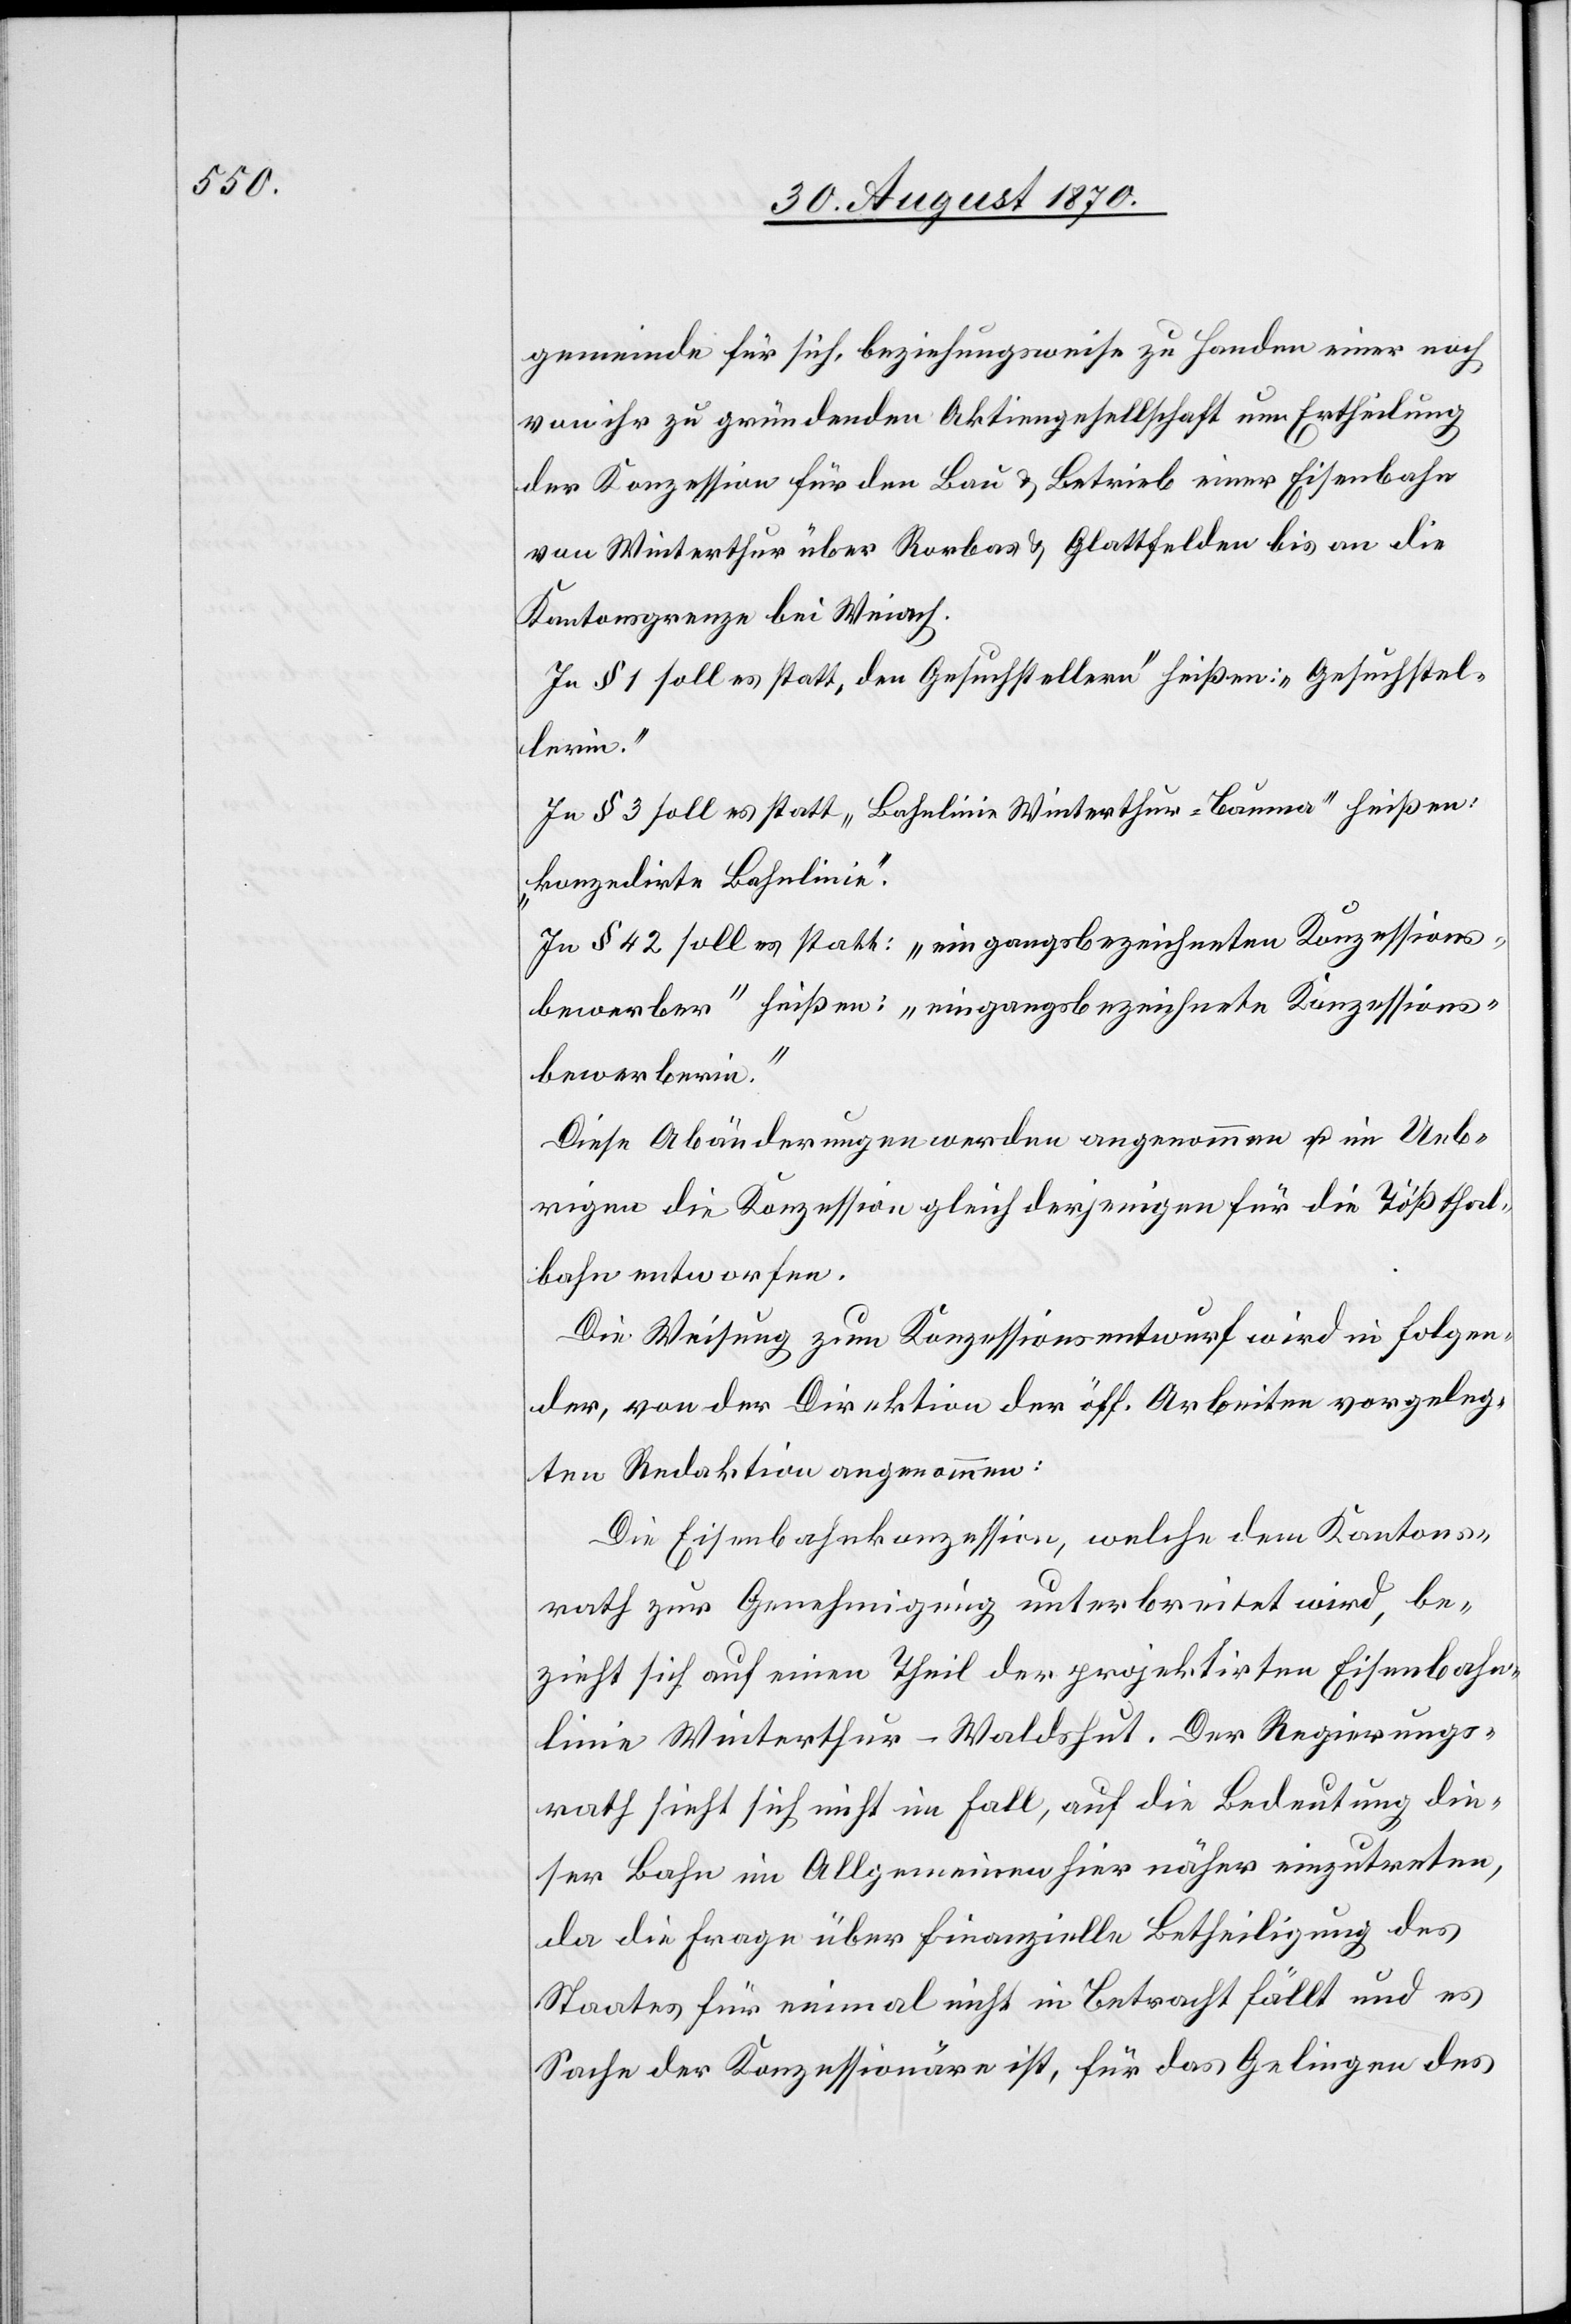
gemeinde für sich, beziehungsweise zu Handen einer noch
von ihr zu gründenden Aktiengesellschaft um Ertheilung
der Konzession für den Bau & Betrieb einer Eisenbahn
von Winterthur über Rorbas & Glattfelden bis an die
Kantonsgrenze bei Weiach.
In § 1 soll es statt „den Gesuchstellern“ heißen: „Gesuchstel¬
lerin.“
In § 3 soll es statt „Bahnlinie Winterthur–Bauma“ heißen:
„konzedirte Bahnlinie“.
In § 42 soll es statt: „eingangsbezeichneten Konzessions¬
bewerber“ heißen: „eingangsbezeichnete Konzessions¬
bewerberin.“
Diese Abänderungen werden angenommen u. im Ueb¬
rigen die Konzession gleich derjenigen für die Tößthal¬
bahn entworfen.
Die Weisung zum Konzessionsentwurf wird in folgen¬
der, von der Direktion der öff. Arbeiten vorgeleg¬
ten Redaktion angenommen:
Die Eisenbahnkonzession, welche dem Kantons¬
rath zur Genehmigung unterbreitet wird, be¬
zieht sich auf einen Theil der projektiren Eisenbahn¬
linie Winterthur–Waldshut. Der Regierungs¬
rath sieht sich nicht im Fall, auf die Bedeutung die¬
ser Bahn im Allgemeinen hier näher einzutreten,
da die Frage über finanzielle Betheiligung des
Staats für einmal nicht in Betracht fällt und es
Sache der Konzessionäre ist, für das Gelingen des